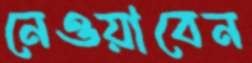
নেওয়াবেন